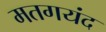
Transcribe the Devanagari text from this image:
मतगयंद